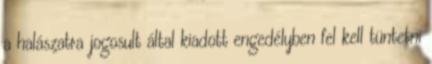
a halászatra jogosult által kiadott engedélyben fel kell tüntetni